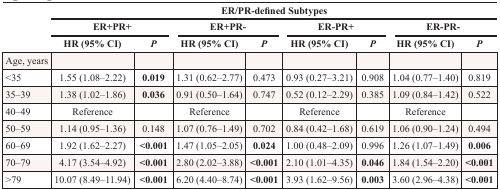
| <ROWSPAN=3>  | <COLSPAN=8> ER/PR-defined Subtypes |
 | <COLSPAN=2> ER+PR+ | <COLSPAN=2> ER+PR- | <COLSPAN=2> ER-PR+ | <COLSPAN=2> ER-PR- |
 | HR (95% CI) | P | HR (95% CI) | P | HR (95% CI) | P | HR (95% CI) | P |
 | --- | --- | --- | --- | --- | --- | --- | --- | --- |
 | Age, years |  |  |  |  |  |  |  |  |
 | <35 | 1.55 (1.08–2.22) | 0.019 | 1.31 (0.62–2.77) | 0.473 | 0.93 (0.27–3.21) | 0.908 | 1.04 (0.77–1.40) | 0.819 |
 | 35–39 | 1.38 (1.02–1.86) | 0.036 | 0.91 (0.50–1.64) | 0.747 | 0.52 (0.12–2.29) | 0.385 | 1.09 (0.84–1.42) | 0.522 |
 | 40–49 | Reference |  | Reference |  | Reference |  | Reference |  |
 | 50–59 | 1.14 (0.95–1.36) | 0.148 | 1.07 (0.76–1.49) | 0.702 | 0.84 (0.42–1.68) | 0.619 | 1.06 (0.90–1.24) | 0.494 |
 | 60–69 | 1.92 (1.62–2.27) | <0.001 | 1.47 (1.05–2.05) | 0.024 | 1.00 (0.48–2.09) | 0.996 | 1.26 (1.07–1.49) | 0.006 |
 | 70–79 | 4.17 (3.54–4.92) | <0.001 | 2.80 (2.02–3.88) | <0.001 | 2.10 (1.01–4.35) | 0.046 | 1.84 (1.54–2.20) | <0.001 |
 | >79 | 10.07 (8.49–11.94) | <0.001 | 6.20 (4.40–8.74) | <0.001 | 3.93 (1.62–9.56) | 0.003 | 3.60 (2.96–4.38) | <0.001 |